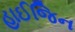
હાઈજિન